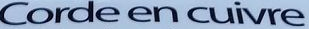
Corde en cuivre